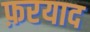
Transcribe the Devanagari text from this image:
फ़रयाद